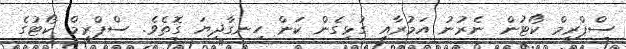
ސްޕްރީމް ކޯޓުން ނެރުނު އަމުރާއި ގުޅިގެން ކަން ހިނގާދިޔަ ގޮތެވެ. ސްޕްރީމް ކޯޓުގެ